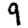
Digit: 9